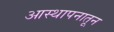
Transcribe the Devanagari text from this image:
आस्थापनातून